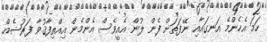
ހަމަ އެހެންމެ އަނގައާއި ނޭފަތަށް ފެން ލުން އެއީވެސް އެންމެން އިއްތިފާޤުވާ ފަރުޟެއް